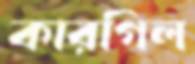
কারগিল